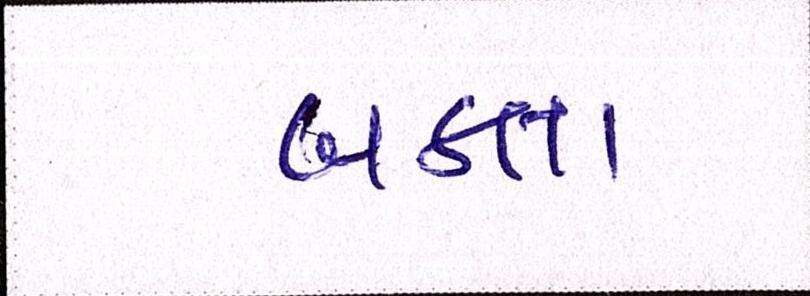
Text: બક્તા